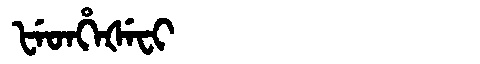
Manchu: ᡶᡝᡨᡥᡝᡧᡝᠸᡳ
Romanization: FETHEŠEFI